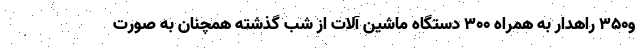
و۳۵۰ راهدار به همراه ۳۰۰ دستگاه ماشین آلات از شب گذشته همچنان به صورت